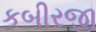
કબીરજી